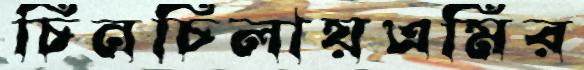
চিনচিলায়এমির